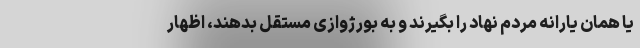
یا همان یارانه مردم نهاد را بگیرند و به بورژوازی مستقل بدهند، اظهار